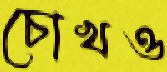
চোখও